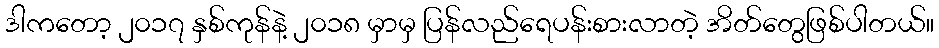
ဒါကတော့ ၂၀၁၇ နှစ်ကုန်နဲ့ ၂၀၁၈ မှာမှ ပြန်လည်ရေပန်းစားလာတဲ့ အိတ်တွေဖြစ်ပါတယ်။